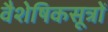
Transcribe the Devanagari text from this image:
वैशेषिकसूत्रों